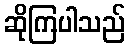
ဆိုကြပါသည်